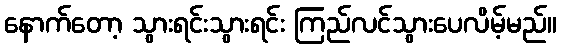
နောက်တော့ သွားရင်းသွားရင်း ကြည်လင်သွားပေလိမ့်မည်။